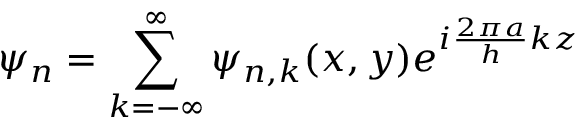
\psi _ { n } = \displaystyle \sum _ { k = - \infty } ^ { \infty } \psi _ { n , k } ( x , y ) e ^ { i \frac { 2 \pi a } { h } k z }